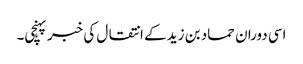
اسی دوران حماد بن زید کے انتقال کی خبر پہنچی۔